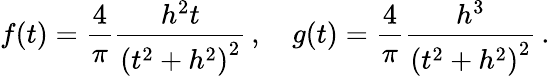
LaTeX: f(t)=\frac{4}{\pi}\frac{h^{2}t}{\left(t^{2}+h^{2}\right)^{2}}\, ,\quad g(t)=\frac{4}{\pi}\frac{h^{3}}{\left(t^{2}+h^{2}\right)^{2}}\, .